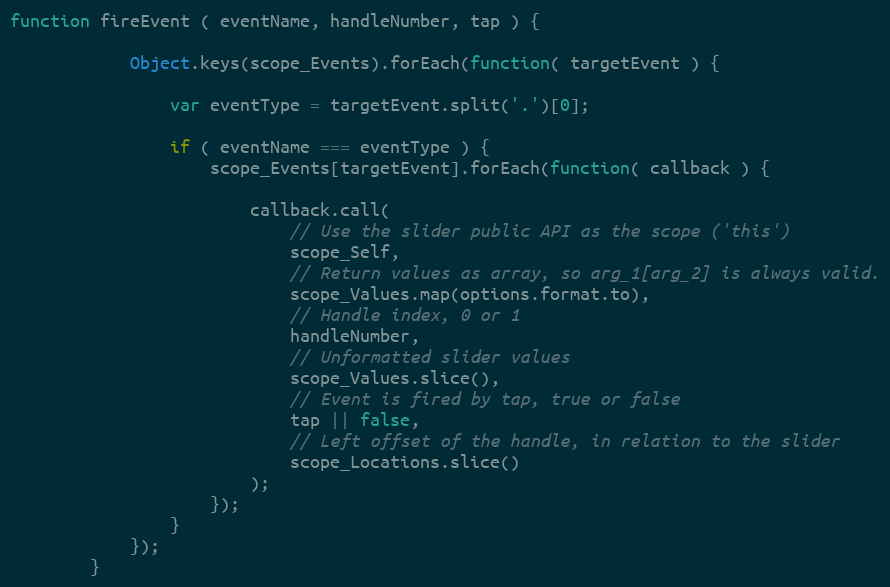
Language: JavaScript
function fireEvent ( eventName, handleNumber, tap ) {

            Object.keys(scope_Events).forEach(function( targetEvent ) {

                var eventType = targetEvent.split('.')[0];

                if ( eventName === eventType ) {
                    scope_Events[targetEvent].forEach(function( callback ) {

                        callback.call(
                            // Use the slider public API as the scope ('this')
                            scope_Self,
                            // Return values as array, so arg_1[arg_2] is always valid.
                            scope_Values.map(options.format.to),
                            // Handle index, 0 or 1
                            handleNumber,
                            // Unformatted slider values
                            scope_Values.slice(),
                            // Event is fired by tap, true or false
                            tap || false,
                            // Left offset of the handle, in relation to the slider
                            scope_Locations.slice()
                        );
                    });
                }
            });
        }